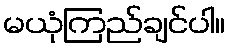
မယုံကြည်ချင်ပါ။